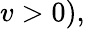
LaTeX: v>0),